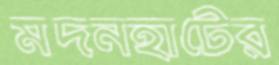
মদনহাটের